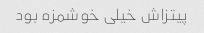
پیتزاش خیلی خوشمزه بود